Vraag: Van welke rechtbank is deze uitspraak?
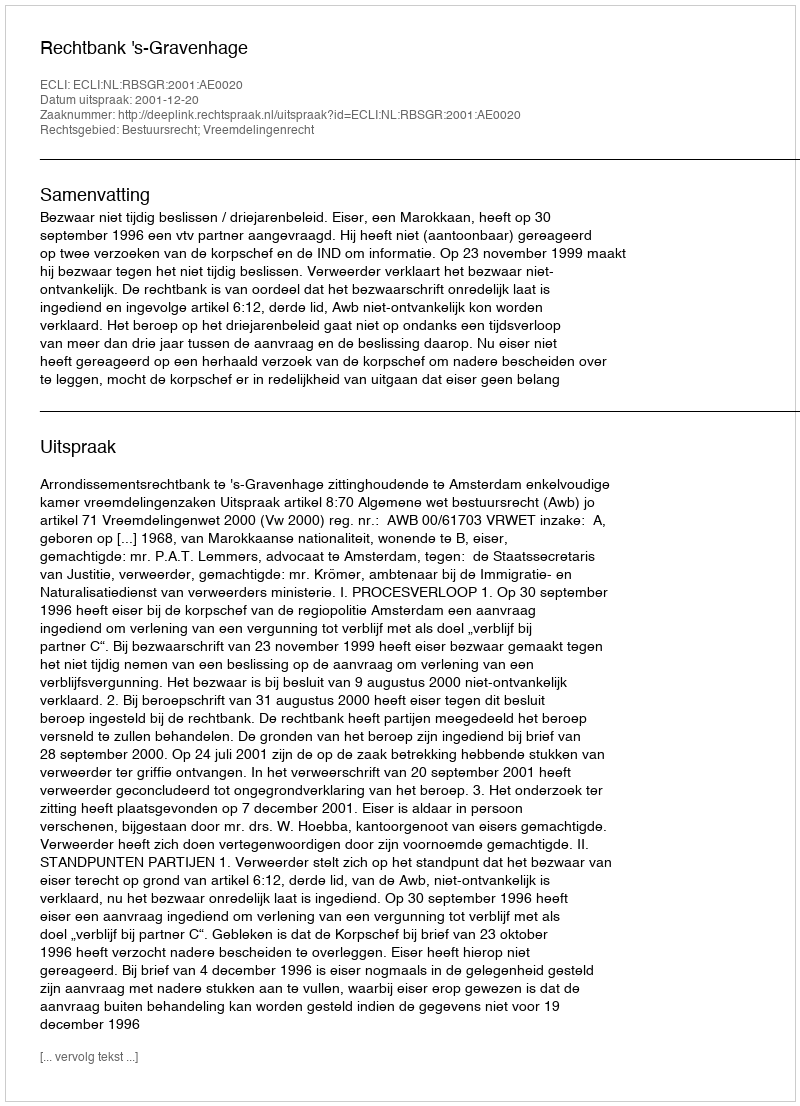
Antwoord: Rechtbank 's-Gravenhage